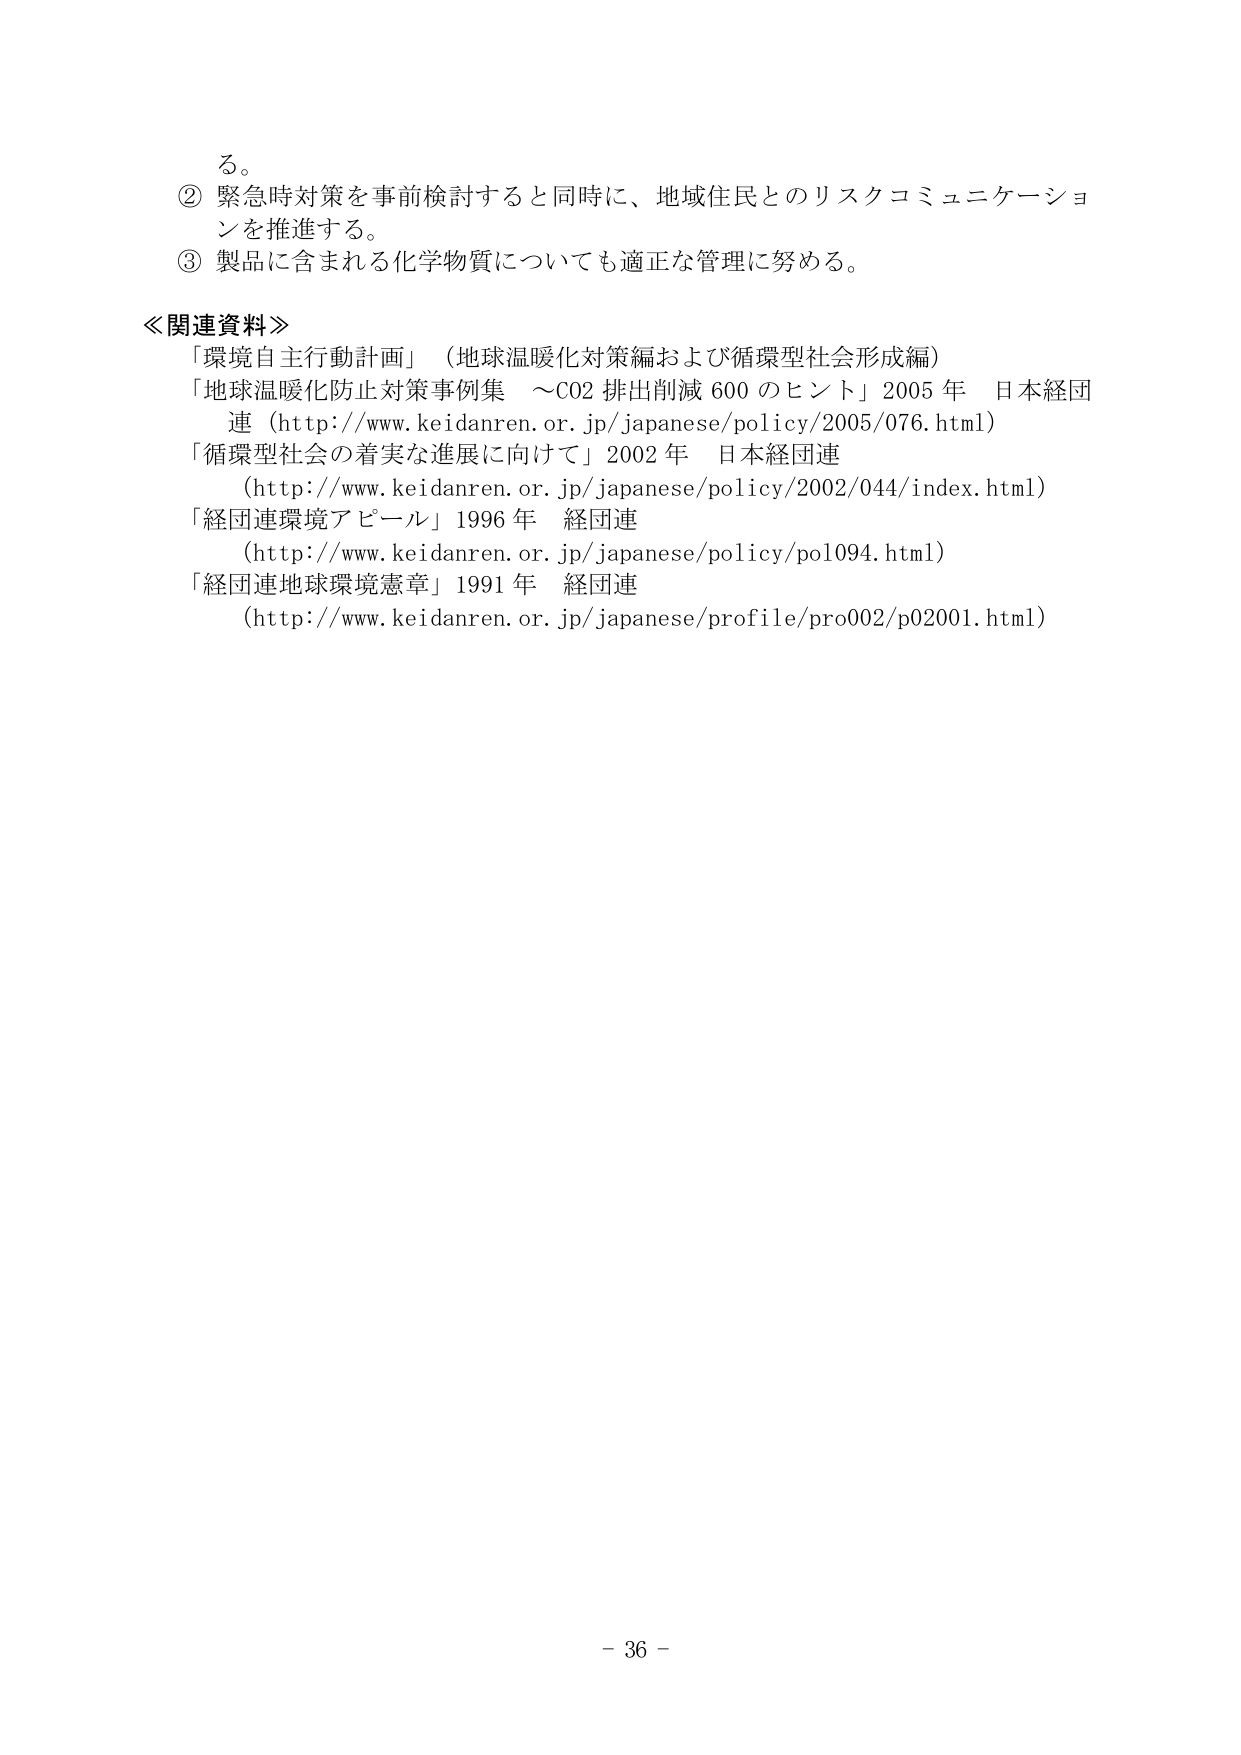
ろ。
② 緊急時対策を事前検討すると同時に、地域住民とのリスクコミュニケーションを推進する。
③ 製品に含まれる化学物質についても適正な管理に努める。

≪関連資料≫
「環境自主行動計画」（地球温暖化対策編および循環型社会形成編）
「地球温暖化防止対策事例集 ～CO2 排出削減 600 のヒント」2005 年 日本経団連（http://www.keidanren.or.jp/japanese/policy/2005/076.html）
「循環型社会の着実な進展に向けて」2002 年 日本経団連（http://www.keidanren.or.jp/japanese/policy/2002/044/index.html）
「経団連環境アピール」1996 年 経団連（http://www.keidanren.or.jp/japanese/policy/pol094.html）
「経団連地球環境憲章」1991 年 経団連（http://www.keidanren.or.jp/japanese/profile/pro002/p02001.html）

- 36 -